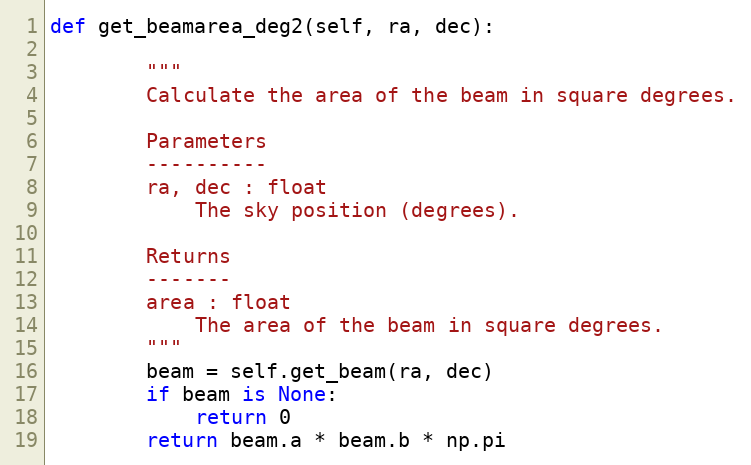
Language: Python
def get_beamarea_deg2(self, ra, dec):

        """
        Calculate the area of the beam in square degrees.

        Parameters
        ----------
        ra, dec : float
            The sky position (degrees).

        Returns
        -------
        area : float
            The area of the beam in square degrees.
        """
        beam = self.get_beam(ra, dec)
        if beam is None:
            return 0
        return beam.a * beam.b * np.pi